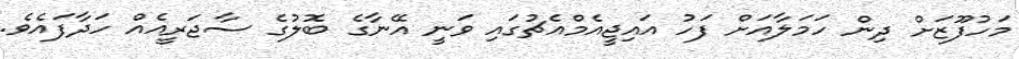
މަހުފޫޒަށް ދިން ހަމަލާއަށް ފަހު އައިޖީއެމްއެޗުގައި ވަނީ އޭނާގެ ބޮލުގެ ސާޖަރީއެއް ހަދާފައެވެ.